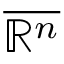
\overline { { \mathbb { R } ^ { n } } }